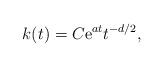
LaTeX: \begin{align*} k(t)=C\mathrm{e}^{at}t^{-d/2},\end{align*}